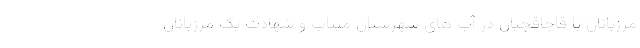
مرزبانان با قاچاقچیان در آب های شهرستان میناب و شهادت یک مرزبانان